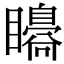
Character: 𥌗